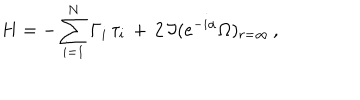
LaTeX: H = - \sum _ { i = 1 } ^ { N } \Gamma _ { i } \, \tau _ { i } \, + \, 2 \, \Im ( e ^ { - i \alpha } \Omega ) _ { r = \infty } \, ,